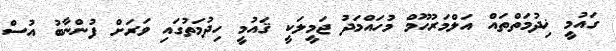
ގައުމީ ޚިދުމަތްތައް އަލްމަރުހޫމް މުހައްމަދު ޖަމީލަކީ ޤައުމީ ހިދުމަތުގައި ވަރަށް ފުންނާބު އުސް